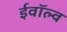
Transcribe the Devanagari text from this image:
ईवॉल्व